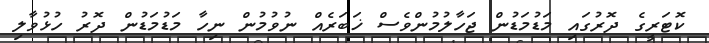
ކޮޓަރީގެ ދޮރުގައި މަޑުމަޑުން ޖަހާލުމުންވެސް ޚަބަރެއް ނުވުމުން ނިހާ މަޑުމަޑުން ދޮރު ހުޅުވާލި